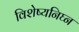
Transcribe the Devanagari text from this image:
विशेष्यनिघ्न